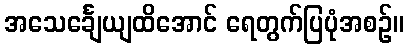
အသေင်္ချေယျထိအောင် ရေတွက်ပြပုံအစဉ်။